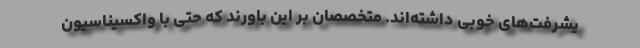
یشرفت‌های خوبی داشته‌اند. متخصصان بر این باورند که حتی با واکسیناسیون